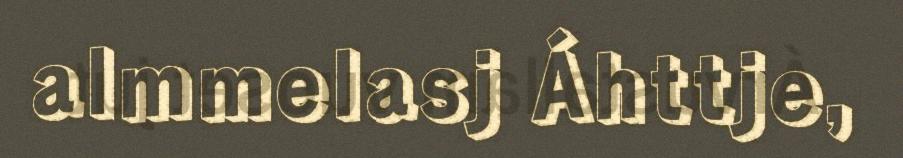
almmelasj Áhttje,